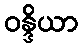
ဝန္ဒိယာ